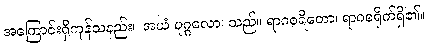
အကြောင်းရှိကုန်သနည်း။ အယံ ပုဂ္ဂလော၊ သည်။ ရာဂစရိတော၊ ရာဂစရိုက်ရှိ၏။